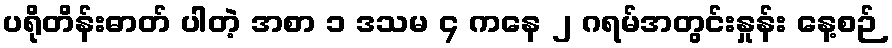
ပရိုတိန်းဓာတ် ပါတဲ့ အစာ ၁ ဒသမ ၄ ကနေ ၂ ဂရမ်အတွင်းနှုန်း နေ့စဉ်